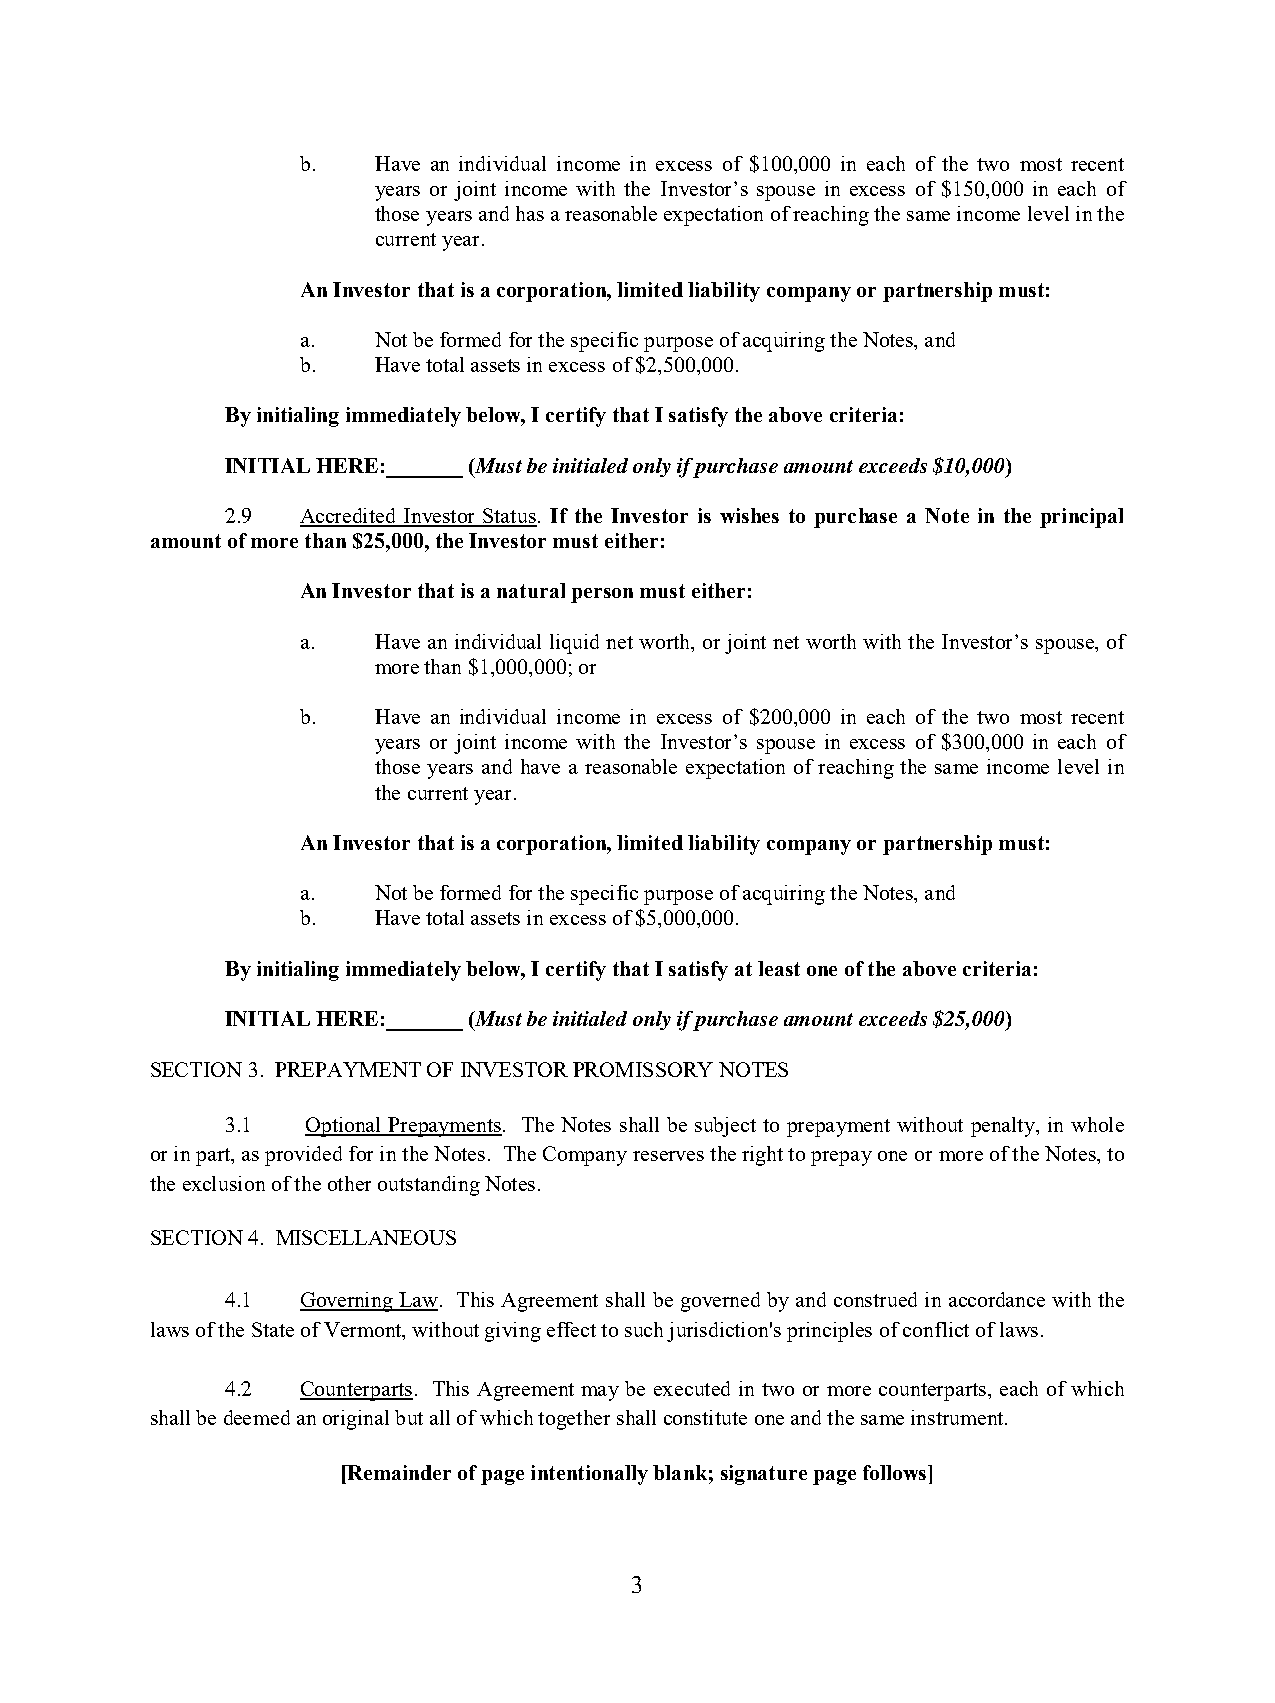
b.   Have an individual income in excess of $100,000 in each of the two most recent
 years or joint income with the Investor’s spouse in excess of $150,000 in each of
 those years and has a reasonable expectation of reaching the same income level in the
 current year.
 An Investor that is a corporation, limited liability company or partnership must:
 a.   Not be formed for the specific purpose of acquiring the Notes, and
 b.   Have total assets in excess of $2,500,000.
 By initialing immediately below, I certify that I satisfy the above criteria:
 INITIAL HERE:_______ (Must be initialed only if purchase amount exceeds $10,000)
 2.9  Accredited Investor Status. If the Investor is wishes to purchase a Note in the principal
 amount of more than $25,000, the Investor must either:
 An Investor that is a natural person must either:
 a.   Have an individual liquid net worth, or joint net worth with the Investor’s spouse, of
 more than $1,000,000; or
 b.   Have an individual income in excess of $200,000 in each of the two most recent
 years or joint income with the Investor’s spouse in excess of $300,000 in each of
 those years and have a reasonable expectation of reaching the same income level in
 the current year.
 An Investor that is a corporation, limited liability company or partnership must:
 a.   Not be formed for the specific purpose of acquiring the Notes, and
 b.   Have total assets in excess of $5,000,000.
 By initialing immediately below, I certify that I satisfy at least one of the above criteria:
 INITIAL HERE:_______ (Must be initialed only if purchase amount exceeds $25,000)
 SECTION 3. PREPAYMENT OF INVESTOR PROMISSORY NOTES
 3.1  Optional Prepayments. The Notes shall be subject to prepayment without penalty, in whole
 or in part, as provided for in the Notes. The Company reserves the right to prepay one or more of the Notes, to
 the exclusion of the other outstanding Notes.
 SECTION 4. MISCELLANEOUS
 4.1  Governing Law. This Agreement shall be governed by and construed in accordance with the
 laws of the State of Vermont, without giving effect to such jurisdiction's principles of conflict of laws.
 4.2  Counterparts. This Agreement may be executed in two or more counterparts, each of which
 shall be deemed an original but all of which together shall constitute one and the same instrument.
 [Remainder of page intentionally blank; signature page follows]
 3